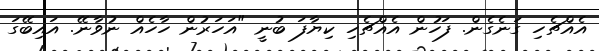
އެއްޗެހި ގަނެގެން. ފަހުން އެއްޗެހި ކިޔާފަ ބުނީ "އަހަރުން ހާހެއް ނުވާނޭ. އައިބޭގަ